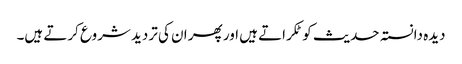
دیدہ دانستہ حدیث کو ٹکراتے ہیں اور پھر ان کی تردید شروع کرتے ہیں۔